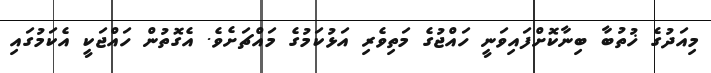
މިއަދުގެ ޚުތުބާ ބިނާކޮށްފައިވަނީ ހައްޖުގެ މަތިވެރި އަޅުކަމުގެ މައްޗަށެވެ. އެގޮތުން ހައްޖަކީ އެކަމުގައި